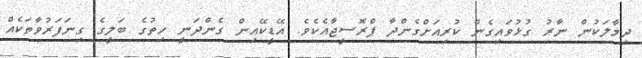
ދިމާލަކުން ނާރު ގުޅުވައިގެން ކުރިއަށްގެންދާ ޕްރޮސީޖާއެކެވެ. އޭޑީކޭއިން ގެންދަނީ ހިތުގެ ބަލީގެ ގިނަފަރުވާތަކެއް